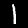
Digit: 1